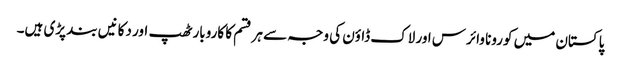
پاکستان میں کورونا وائرس اور لاک ڈاؤن کی وجہ سے ہر قسم کا کاروبار ٹھپ اور دکانیں بند پڑی ہیں۔